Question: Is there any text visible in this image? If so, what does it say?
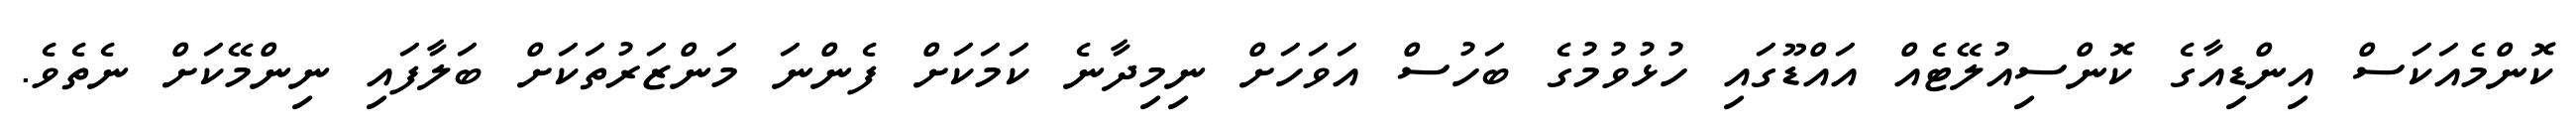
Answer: ކޮންމެއަކަސް އިންޑިއާގެ ކޮންސިއުލޭޓެއް އައްޑޫގައި ހުޅުވުމުގެ ބަހުސް އަވަހަށް ނިމިދާނެ ކަމަކަށް ފެންނަ މަންޒަރުތަކަށް ބަލާފައި ނިންމޭކަށް ނެތެވެ.